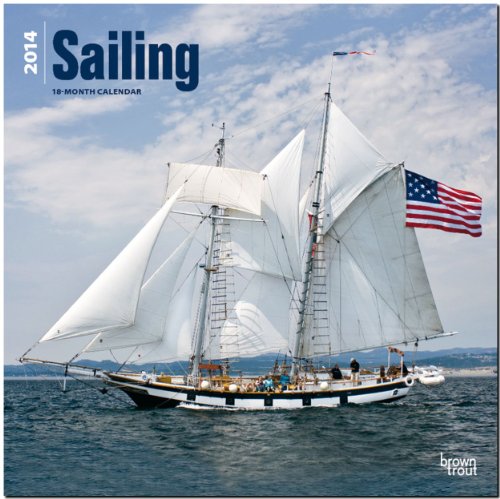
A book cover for Sailing 18-Month 2014 Calendar (Multilingual Edition); Calendars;